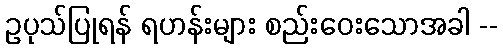
ဥပုသ်ပြုရန် ရဟန်းများ စည်းဝေးသောအခါ --